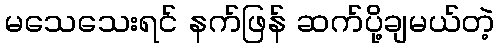
မသေသေးရင် နက်ဖြန် ဆက်ပို့ချမယ်တဲ့